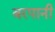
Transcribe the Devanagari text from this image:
बरपानी